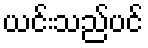
ယင်းသည်ပင်